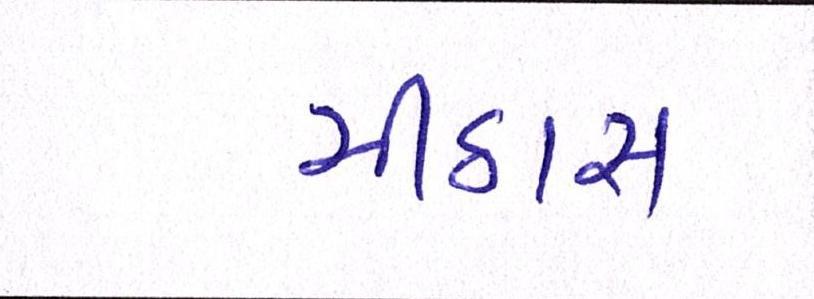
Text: મીઠાસ